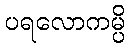
ပရလောကမ္ပိ